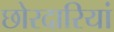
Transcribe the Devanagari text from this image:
छोरदारियां